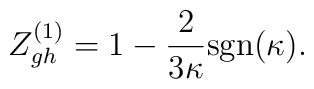
Z^{(1)}_{gh}=1-\frac{2}{3\kappa}\mbox{sgn}(\kappa).